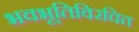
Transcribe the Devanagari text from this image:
भवभूतिविरचित